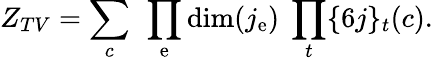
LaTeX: Z_{TV}=\sum_{c}\ \prod_{\mathrm{e}}\mathrm{{dim}}(j_{\mathrm{e}})\ \prod_{t}\{ 6j\} _{t}(c).